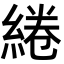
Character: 綣